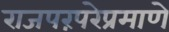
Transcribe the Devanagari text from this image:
राजपरंपरेप्रमाणे